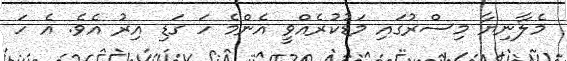
މެލާނިޔާ މިސްރުގައި މަޑުކުރެއްވީ އެންމެ ހަ ގަޑި އިރު އެވެ. އެ ހަ